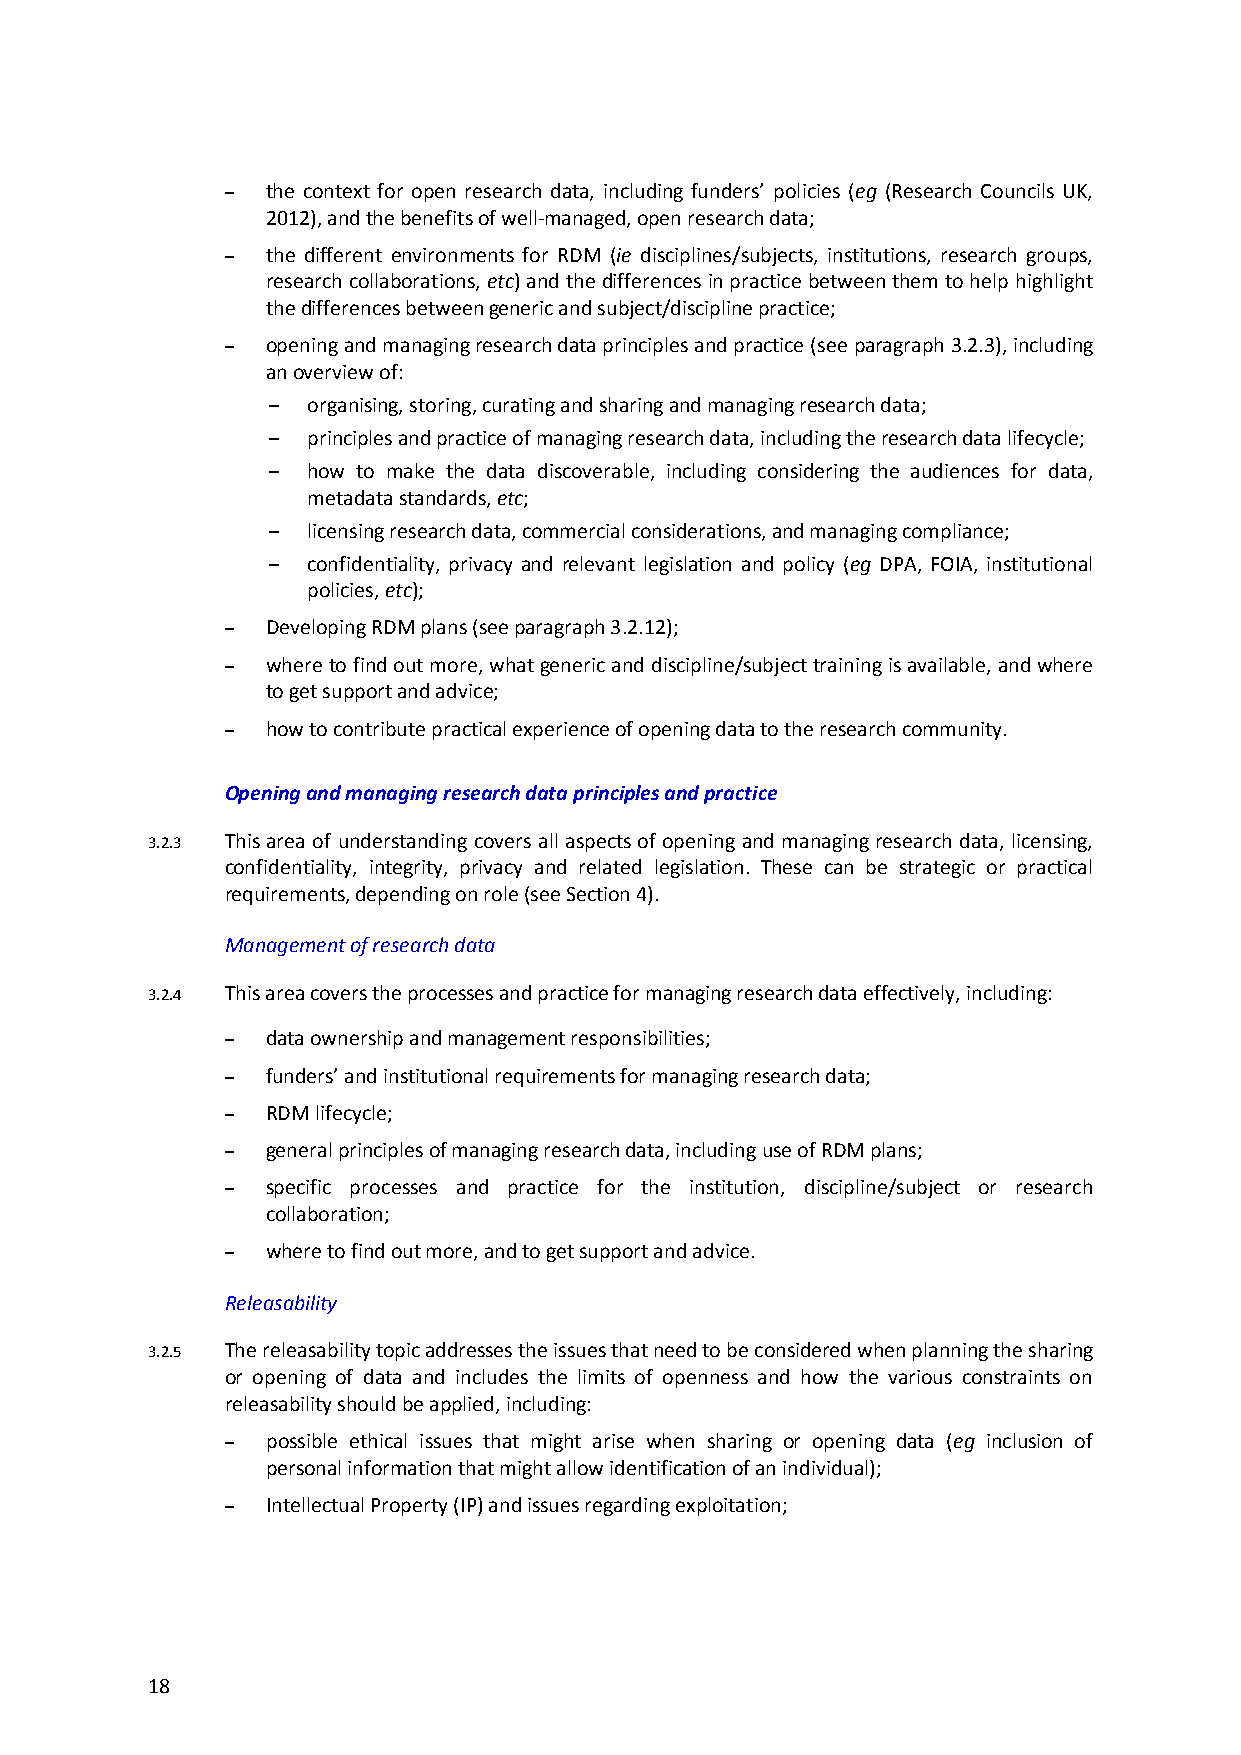
–  the context for open research data, including funders’ policies (eg (Research Councils UK,
 2012), and the benefits of well-managed, open research data;
 –  the different environments for RDM (ie disciplines/subjects, institutions, research groups,
 research collaborations, etc) and the differences in practice between them to help highlight
 the differences between generic and subject/discipline practice;
 –  opening and managing research data principles and practice (see paragraph 3.2.3), including
 an overview of:
 – organising, storing, curating and sharing and managing research data;
 – principles and practice of managing research data, including the research data lifecycle;
 – how to make the data discoverable, including considering the audiences for data,
 metadata standards, etc;
 – licensing research data, commercial considerations, and managing compliance;
 – confidentiality, privacy and relevant legislation and policy (eg DPA, FOIA, institutional
 policies, etc);
 –  Developing RDM plans (see paragraph 3.2.12);
 –  where to find out more, what generic and discipline/subject training is available, and where
 to get support and advice;
 –  how to contribute practical experience of opening data to the research community.
 Opening and managing research data principles and practice
 3.2.3 This area of understanding covers all aspects of opening and managing research data, licensing,
 confidentiality, integrity, privacy and related legislation. These can be strategic or practical
 requirements, depending on role (see Section 4).
 Management of research data
 3.2.4 This area covers the processes and practice for managing research data effectively, including:
 –  data ownership and management responsibilities;
 –  funders’ and institutional requirements for managing research data;
 –  RDM lifecycle;
 –  general principles of managing research data, including use of RDM plans;
 –  specific processes and practice for the institution, discipline/subject or research
 collaboration;
 –  where to find out more, and to get support and advice.
 Releasability
 3.2.5 The releasability topic addresses the issues that need to be considered when planning the sharing
 or opening of data and includes the limits of openness and how the various constraints on
 releasability should be applied, including:
 –  possible ethical issues that might arise when sharing or opening data (eg inclusion of
 personal information that might allow identification of an individual);
 –  Intellectual Property (IP) and issues regarding exploitation;
 18